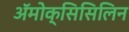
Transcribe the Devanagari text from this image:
ॲमोक्सिसिलिन